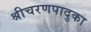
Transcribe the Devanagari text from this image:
श्रीचरणपादुका